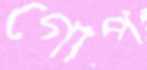
গোপ